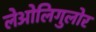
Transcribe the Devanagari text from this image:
लेओलिगुलोर